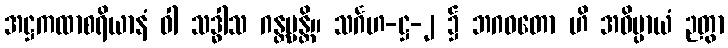
အဋ္ဌကထာစရိယာနံ ဝါ သဒ္ဓါသ ဂန္တဗ္ဗန္တိ။ သင်္ဂဟ-ဋ္ဌ-၂ ၌ ဘဂဝတော ဟိ အဓိပ္ပာယံ ဉတွာ